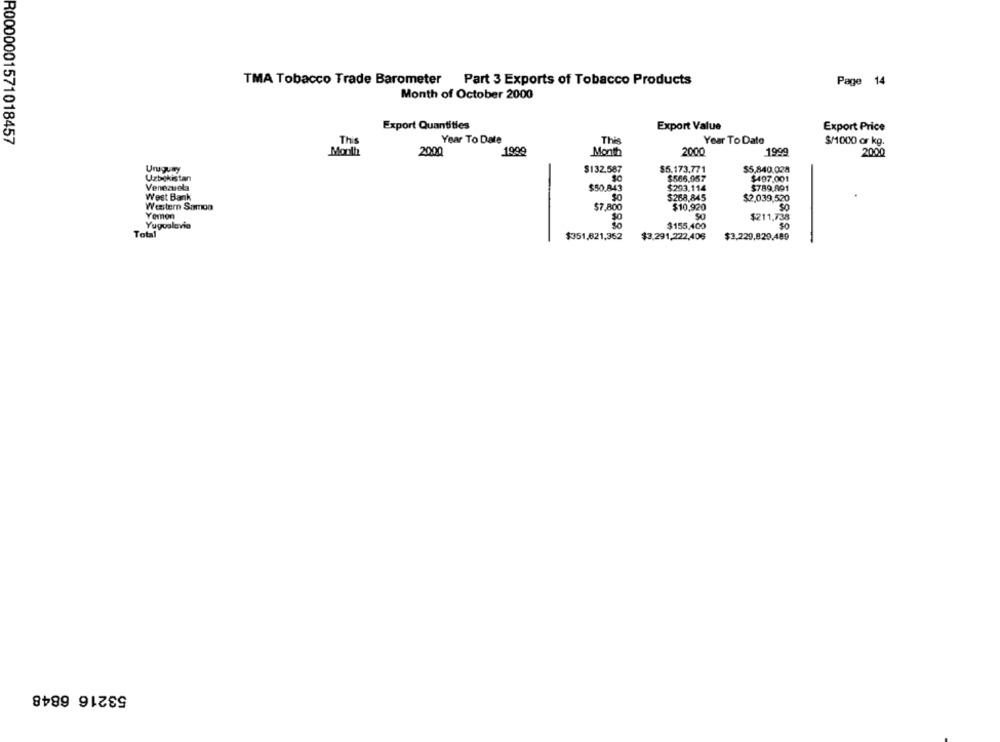
TMA Tobacco Trade Barometer Part 3 Exports of Tobacco Products
Page 14
Month of October 2000
Export Quantities
Export Value
Export Price
R0000001571018457
This
Year To Date
This
Year To Date
$/1000 ar kg.
Month
2000
1999
Month
2000
1999
2000
Uruguay
$132,587
$5.173.771
$5,840.028
Uzbekistan
$566.957
$497.001
Venezuela
$789.801
$50.843
$293.114
West Bank
$268,845
$2,039,520
Western Samoa
$7,800
$10,920
Yomon
$211,738
Yugoslavia
$155.400
50
Total
$351,621,362
$3.291,222,406
$3,229,829,489
53216 6848